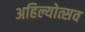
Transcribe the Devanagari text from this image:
अहिल्योत्सव